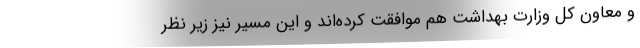
و معاون کل وزارت بهداشت هم موافقت کرده‌اند و این مسیر نیز زیر نظر